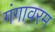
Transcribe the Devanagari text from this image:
गंगावरम